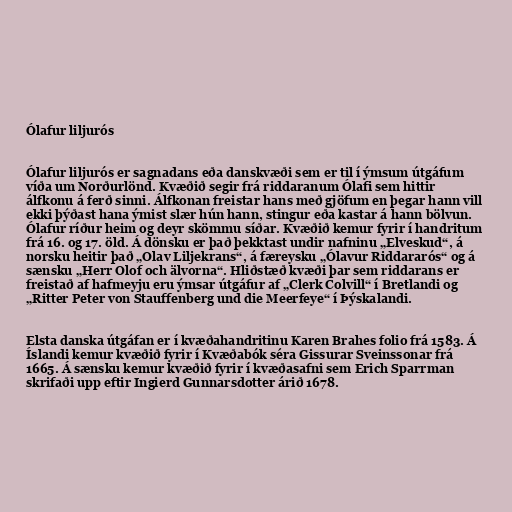
Ólafur liljurós

Ólafur liljurós er sagnadans eða danskvæði sem er til í ýmsum útgáfum
víða um Norðurlönd. Kvæðið segir frá riddaranum Ólafi sem hittir
álfkonu á ferð sinni. Álfkonan freistar hans með gjöfum en þegar hann vill
ekki þýðast hana ýmist slær hún hann, stingur eða kastar á hann bölvun.
Ólafur ríður heim og deyr skömmu síðar. Kvæðið kemur fyrir í handritum
frá 16. og 17. öld. Á dönsku er það þekktast undir nafninu „Elveskud“, á
norsku heitir það „Olav Liljekrans“, á færeysku „Ólavur Riddararós“ og á
sænsku „Herr Olof och älvorna“. Hliðstæð kvæði þar sem riddarans er
freistað af hafmeyju eru ýmsar útgáfur af „Clerk Colvill“ í Bretlandi og
„Ritter Peter von Stauffenberg und die Meerfeye“ í Þýskalandi.

Elsta danska útgáfan er í kvæðahandritinu Karen Brahes folio frá 1583. Á
Íslandi kemur kvæðið fyrir í Kvæðabók séra Gissurar Sveinssonar frá
1665. Á sænsku kemur kvæðið fyrir í kvæðasafni sem Erich Sparrman
skrifaði upp eftir Ingierd Gunnarsdotter árið 1678.